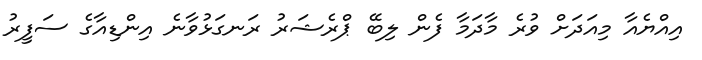
އިއްޔެއާ މިއަދަށް ވުރެ މާދަމާ ފެން ލިބޭ ޕްރެޝަރު ރަނގަޅުވާނެ އިންޑިއާގެ ސަފީރު